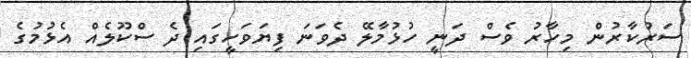
ސަރުކާރުން މިހާރު ވެސް ދަނީ ހުޅުމާލޭ ދެވަނަ ފިޔަވަހީގައި ދެ ސްކޫލެއް އެޅުމުގެ